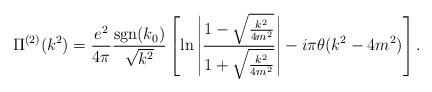
LaTeX: \begin{align*}\Pi^{(2)}(k^2) = \frac{e^2}{4\pi}\frac{{\rm sgn} (k_0)}{\sqrt{k^2}}\left[ \ln \left| \frac{1-\sqrt{\frac{k^2}{4m^2}}}{1+\sqrt{\frac{k^2}{4m^2}}}\right|- i\pi\theta (k^2-4m^2) \right].\end{align*}